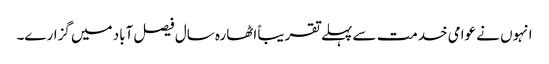
انہوں نے عوامی خدمت سے پہلے تقریباً اٹھارہ سال فیصل آباد میں گزارے۔